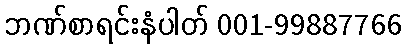
ဘဏ်စာရင်းနံပါတ် 001-99887766